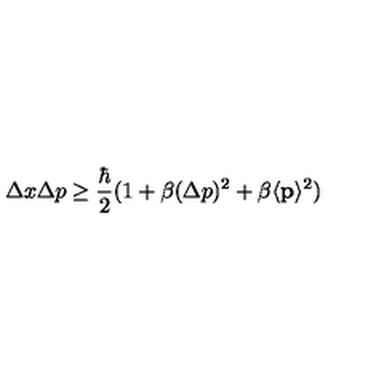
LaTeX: \Delta x \Delta p \ge \frac { \hbar } { 2 } ( 1 + \beta ( \Delta p ) ^ { 2 } + \beta \langle { \bf { p } } \rangle ^ { 2 } )